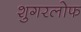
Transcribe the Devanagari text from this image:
शुगरलोफ